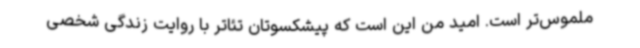
ملموس‌تر است. امید من این است که پیشکسوتان تئاتر با روایت زندگی شخصی